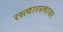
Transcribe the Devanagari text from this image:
रस्त्यारस्त्यावर